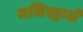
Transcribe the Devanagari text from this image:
मजिस्ट्राले